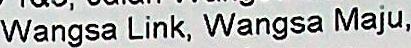
WANGSA LINK, WANGSA MAJU,